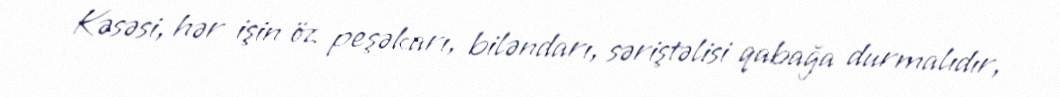
Kəsəsi, hər işin öz peşəkarı, biləndarı, səriştəlisi qabağa durmalıdır,